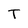
Character: T